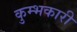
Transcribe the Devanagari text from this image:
कुम्भकारी